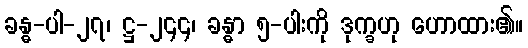
ခန္ဓ-ပါ-၂၇၊ ဋ္ဌ-၂၄၄၊ ခန္ဓာ ၅-ပါးကို ဒုက္ခဟု ဟောထား၏။